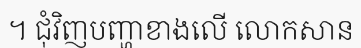
។ ជុំវិញបញ្ហាខាងលើ លោកសាន